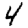
Digit: 4